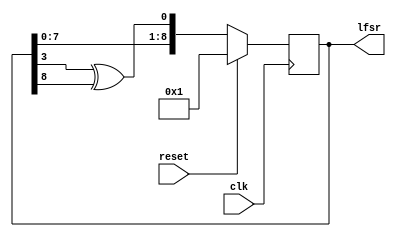
module LFSR_9Bit(
    input clk, reset,
    output reg [8:0] lfsr = 9'b000000001
    );
    
    always@(posedge clk)
        if(reset)
            lfsr <=  9'b000000001;
        else
            lfsr <= {lfsr[7:0], lfsr[3] ^ lfsr[8]};
endmodule